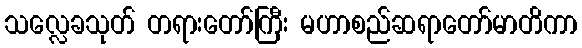
သလ္လေခသုတ် တရားတော်ကြီး မဟာစည်ဆရာတော်မာတိကာ